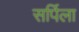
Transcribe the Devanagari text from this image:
सर्पिला